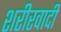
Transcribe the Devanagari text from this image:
शरीरवादी